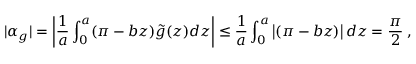
| \alpha _ { g } | = \left| \frac { 1 } { a } \int _ { 0 } ^ { a } ( \pi - b z ) \tilde { g } ( z ) d z \right| \leq \frac { 1 } { a } \int _ { 0 } ^ { a } \left| ( \pi - b z ) \right| d z = \frac { \pi } { 2 } \: ,